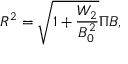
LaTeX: R ^ { 2 } = \sqrt { 1 + \frac { W _ { 2 } } { B _ { 0 } ^ { 2 } } } \Pi B ,